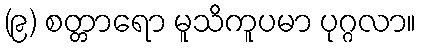
(၉) စတ္တာရော မူသိကူပမာ ပုဂ္ဂလာ။